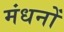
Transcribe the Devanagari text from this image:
मंधनों